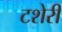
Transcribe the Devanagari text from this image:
टशेरी